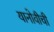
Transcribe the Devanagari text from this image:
यानोवीची